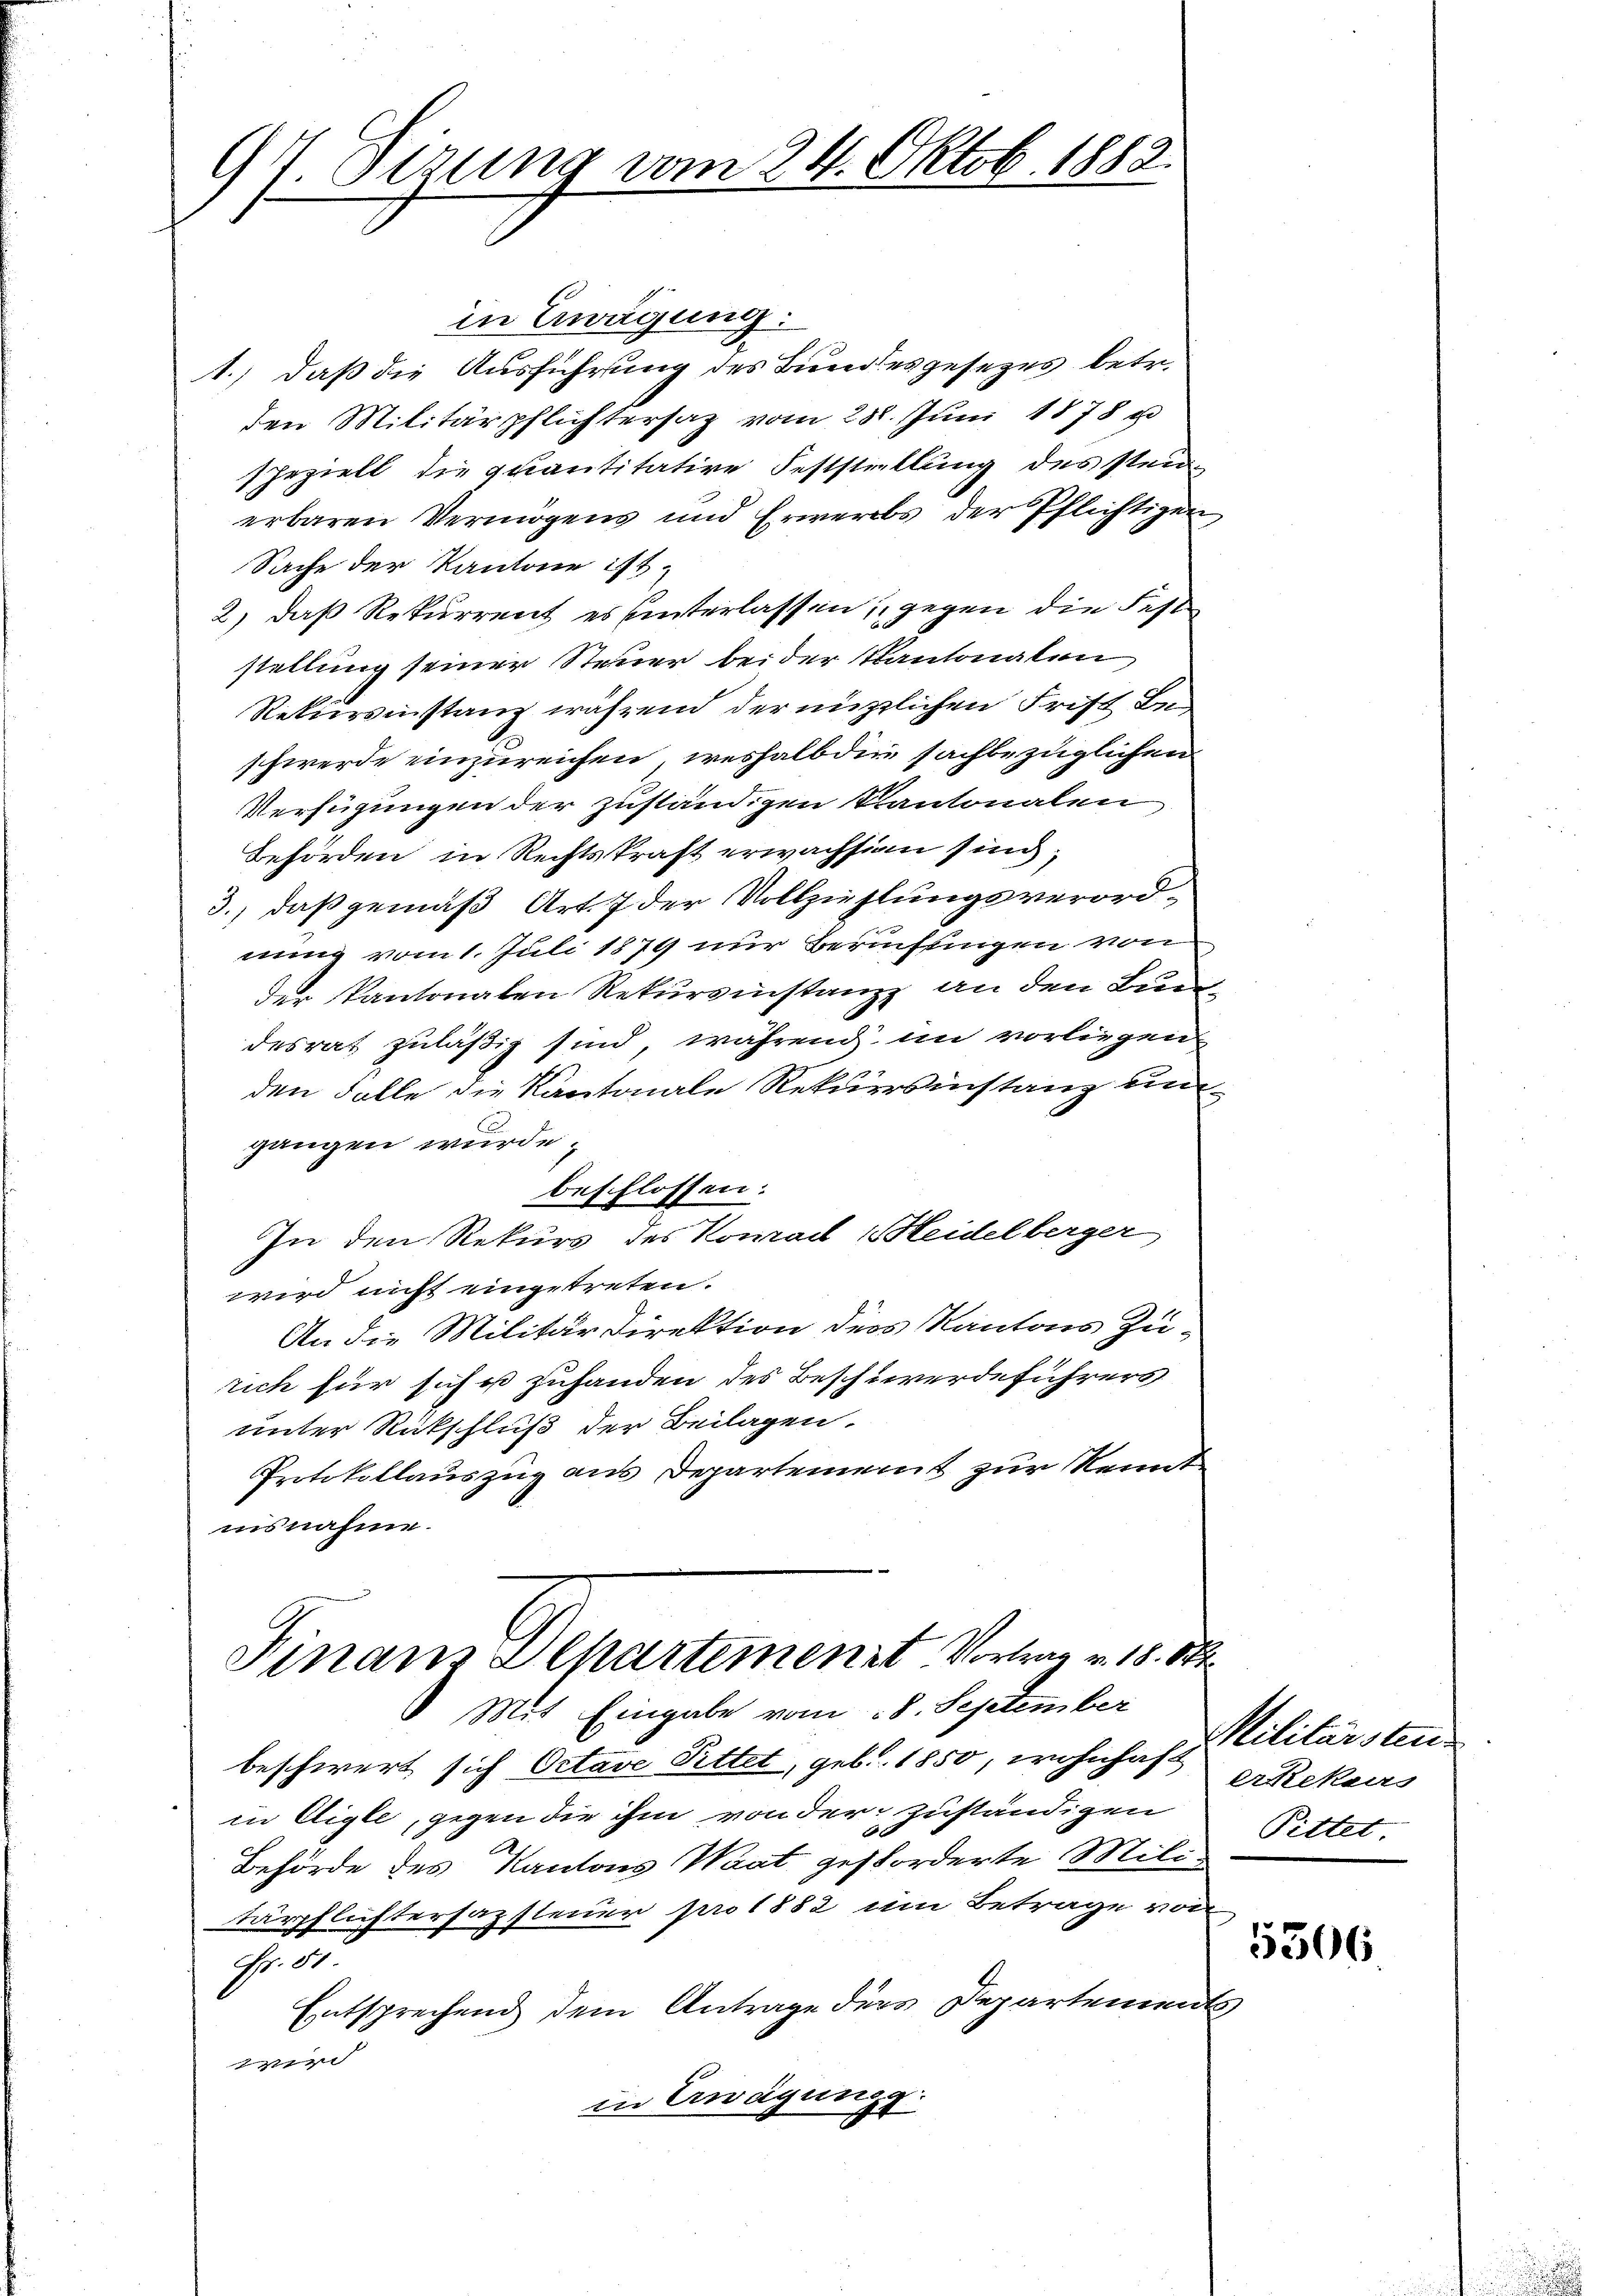
94. Sitzung vom 24. Oktob. 1882.

in Erwägung:
1.) daß die Ausführung des Bundesgesezes betr.
den Militärpflichtersaz vom 28. Juni 1878 u
speziell die quantitative Feststellung des stei-
erbaren Vermögens und Erwerbs der Pflichtigen,
Sache der Kantone ist,
2) daß Rekurrent es unterlassen, gegen die Feststellung seiner Steuer beider Kantonalen
Rekursinstanz während der nützlichen Frist Beschwerde einzureichen, weshalb die sachbezüglichen
Verfügungen der zuständigen Kantonalen
Behörden in Rechtskraft erwachsian sind;
3., daß gemäß Art. 7 der Vollziehlungsverordnung vom 1. Juli 1879 nur Berufungen von
der Kantonalen Rekursinstanz an den Lundesrat zuläßig sind, während im vorliegen
den Falle die Kantonale Rekurrsinstanz un
gangen würde.
beschlossen:
In den Rekurs des Kowadl Heidelberger
wird nicht eingetreten.
An die Militärdirektion ders Kantons Zurich für siche zuhanden des Beschwerdeführers
unter Rückschluß der Beilagen
Protokollauszug aus Departement zur Kennt
insnahme.
Finanz Departemenst Vortrag v. 18. Okt.
Mit Eingabe vom 28. September
beschwert sich Octave Pittet, geb. 1850, wohnhaft
in Aigle, gegen die ihm von der zuständigen
e
Behörde des Kantons Waat gestorderte Militärpflichtersazsteuer pro 1882 im Betrage von
G. 91.
Entsprechend dem Antrage ders Departements
e
in Erwägungs

Militärsten
erRekais
Pitter

5306